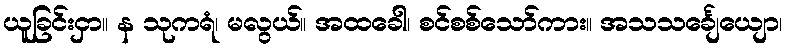
ယူခြင်းငှာ။ န သုကရံ၊ မလွယ်။ အထခေါ၊ စင်စစ်သော်ကား။ အသသင်္ချေယျော၊